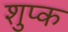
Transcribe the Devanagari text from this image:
शुप्क